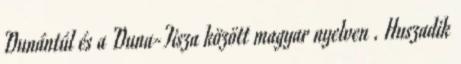
Dunántúl és a Duna-Tisza között magyar nyelven . Huszadik